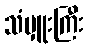
သံမှူးကြီး